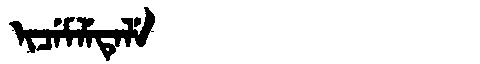
Manchu: ᡳᠴᡝᠮᠯᡝᡨᡝᠯᡝ
Romanization: ICEMLETELE